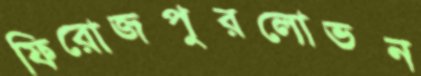
ফিরোজপুরলোভন